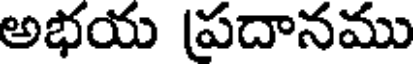
అభయ (ప్రదానము